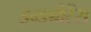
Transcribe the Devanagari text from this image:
इन्ड्योरेंस